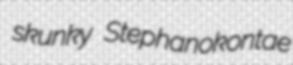
skunky Stephanokontae